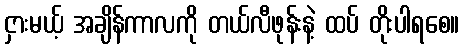
ငှားမယ့် အချိန်ကာလကို တယ်လီဖုန်းနဲ့ ထပ် တိုးပါရစေ။